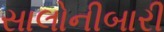
સાલોનીબારી